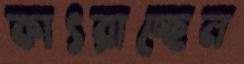
কাৎরাচ্ছেন